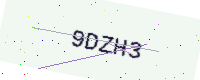
Text: 9DZH3